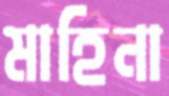
মাহিনা